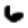
Digit: 6